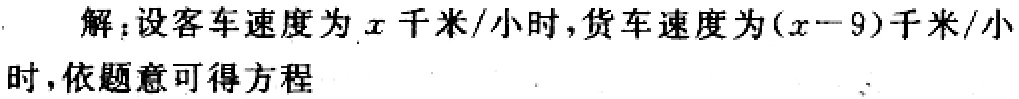
解：设客车速度为\(x\)千米/小时，货车速度为\((x - 9)\)千米/小时，依题意可得方程